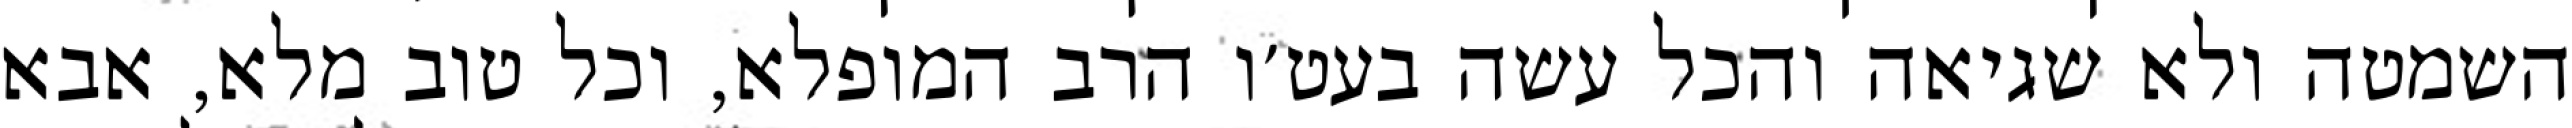
השמטה ולא שגיאה והכל עשה בעט׳ו הרב המופלא, וכל טוב מלא, אבא